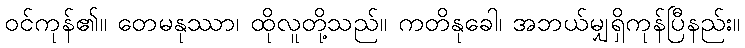
ဝင်ကုန်၏။ တေမနုဿာ၊ ထိုလူတို့သည်။ ကတိနုခေါ၊ အဘယ်မျှရှိကုန်ပြီနည်း။